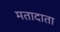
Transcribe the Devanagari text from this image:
मतादाता